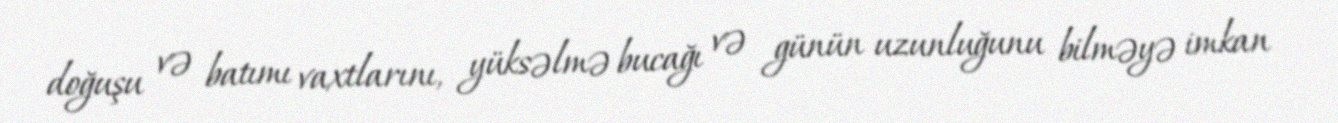
doğuşu və batımı vaxtlarını, yüksəlmə bucağı və günün uzunluğunu bilməyə imkan